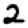
Digit: 2